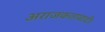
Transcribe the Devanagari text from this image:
अराजकतावादी।